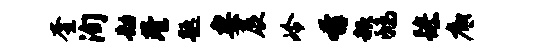
奎洵劫巷题妻展冷奔赧鸱躁底